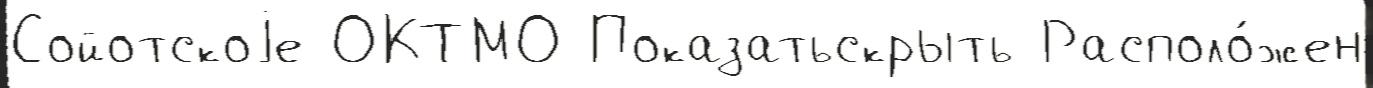
Сойотскоjе ОКТМО Показатьскрыть Располо́жен